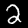
Label: 2